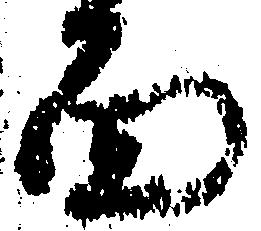
面